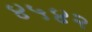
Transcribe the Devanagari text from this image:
४५४२